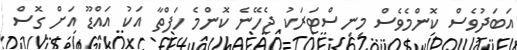
އަބަދުވެސް ކޮންމެވެސް މިނިސްޓަރަކު ޖެހޭނެ ކޮންމެ ހަފްތާ އަކު އައްޑޫ އަށް ގޮސް